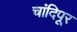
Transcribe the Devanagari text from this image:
चांदिपूर